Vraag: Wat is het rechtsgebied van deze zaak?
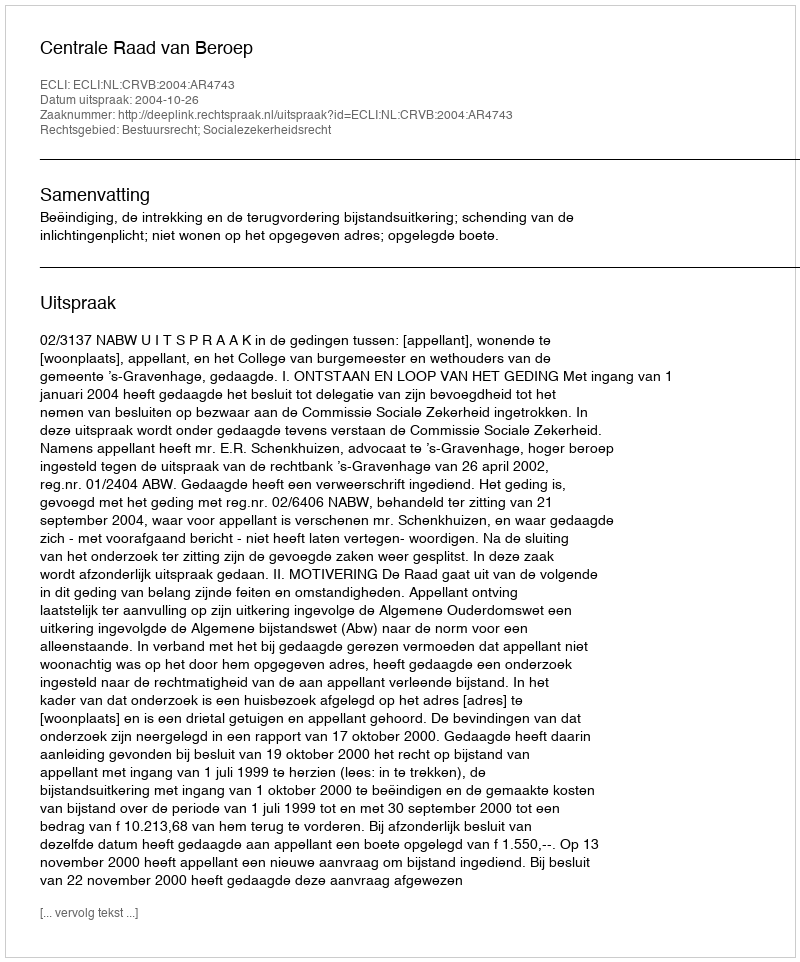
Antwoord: Bestuursrecht; Socialezekerheidsrecht